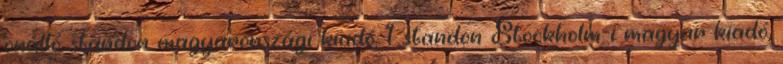
önálló standon magyarországi kiadó, 1 standon Stockholm-i magyar kiadó,